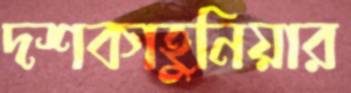
দশকাহুনিয়ার